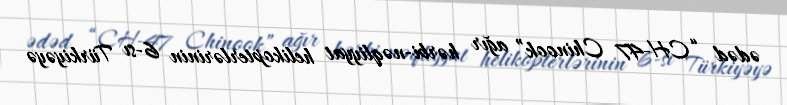
ədəd “CH-47 Chinook” ağır hərbi-nəqliyyat helikopterlərinin 6-sı Türkiyəyə